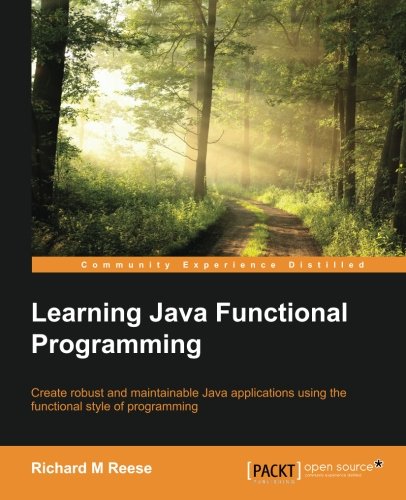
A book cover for Learning Java Functional Programming; Richard M Reese; Computers & Technology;